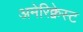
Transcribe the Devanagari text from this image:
अमेरिक्वेस्ट